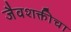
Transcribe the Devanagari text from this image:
जैवशक्तीचा